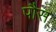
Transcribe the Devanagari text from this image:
पौस